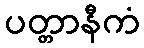
ပတ္တာနီကံ